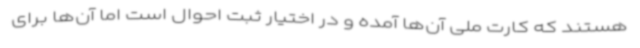
هستند که کارت ملی آن‌ها آمده و در اختیار ثبت احوال است اما آن‌ها برای